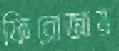
ফিরোজায়